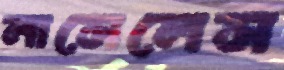
লাসেলেস